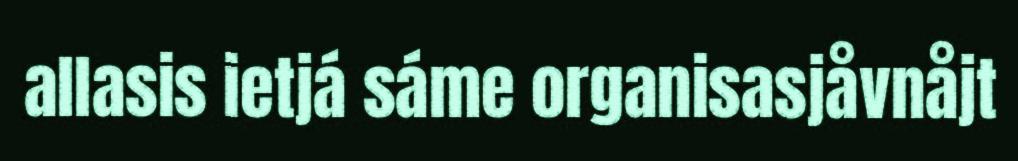
allasis ietjá sáme organisasjåvnåjt